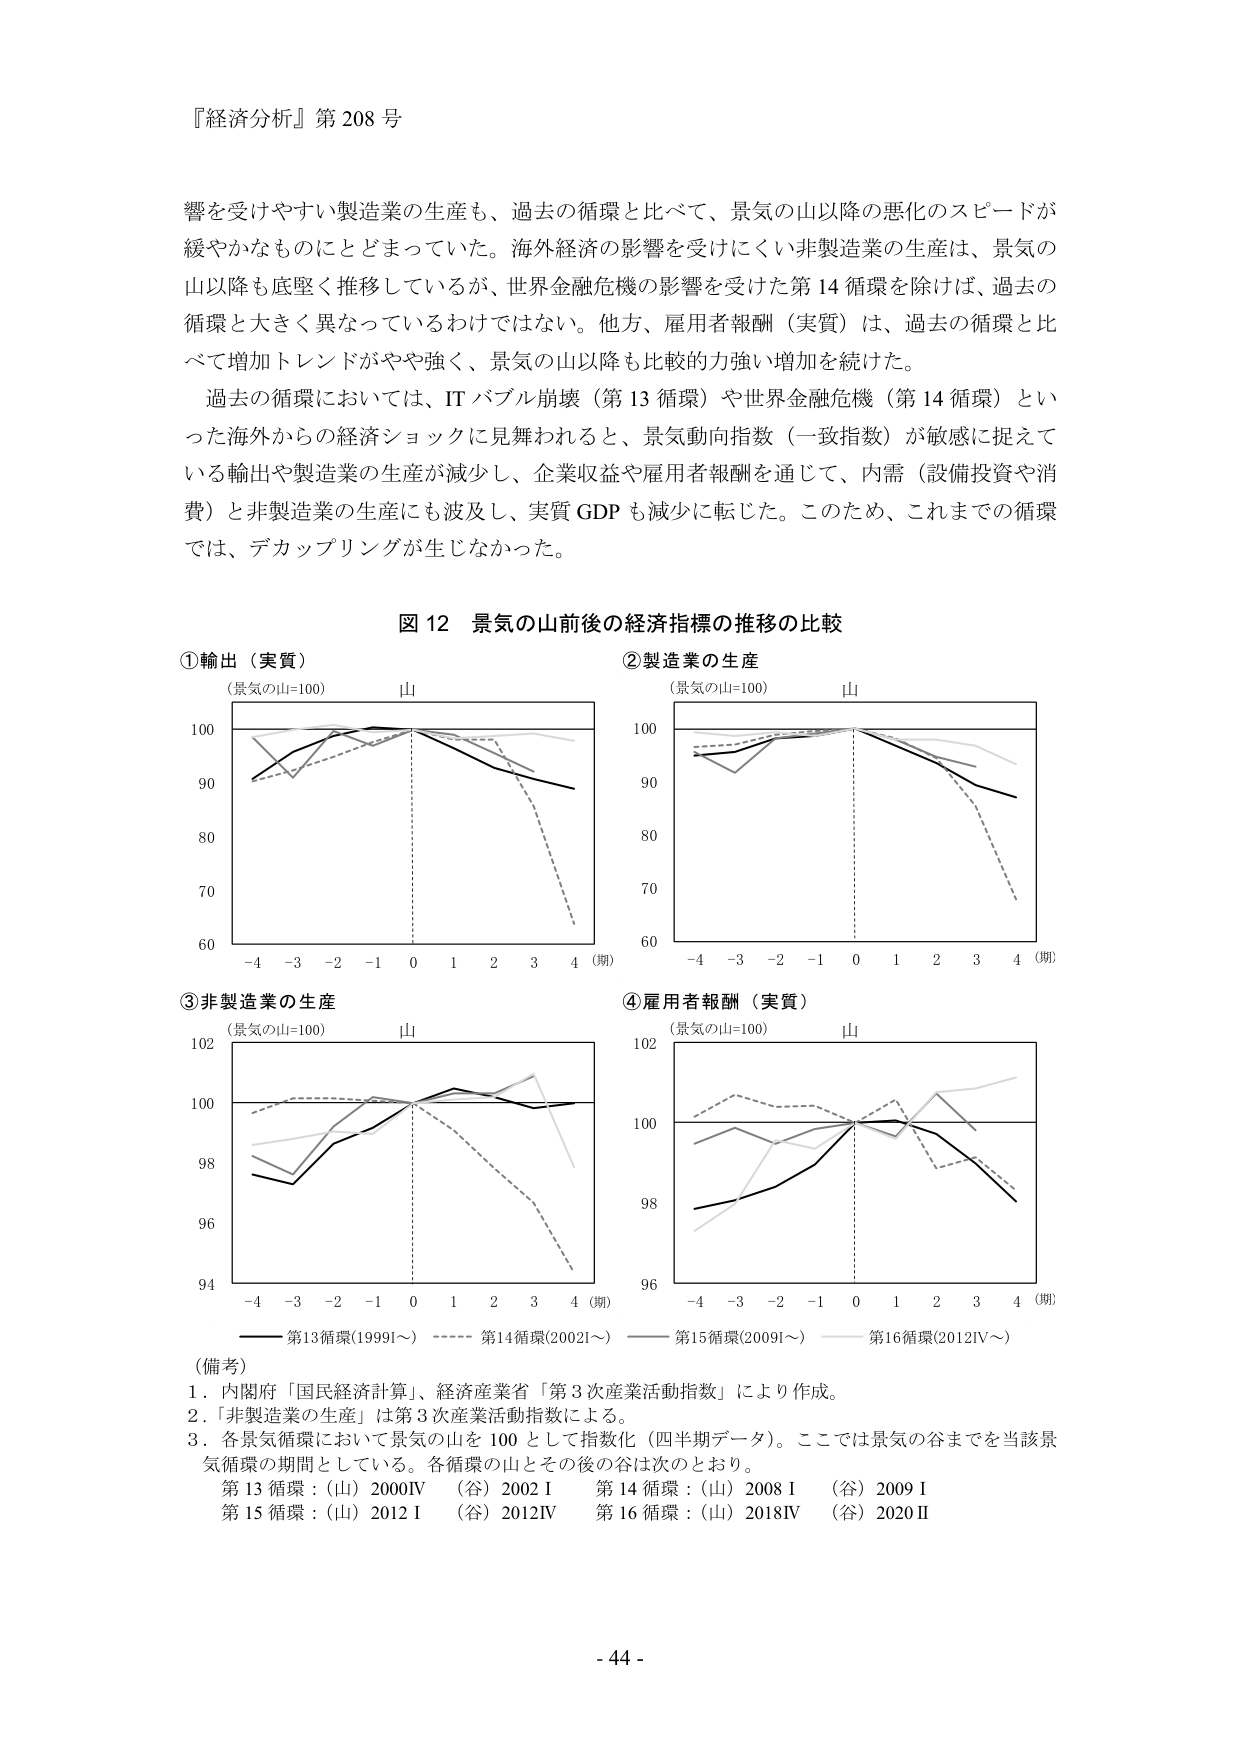
『経済分析』第 208 号

響を受けやすい製造業の生産も、過去の循環と比べて、景気の山以降の悪化のスピードが緩やかなものにとどまっていた。海外経済の影響を受けにくい非製造業の生産は、景気の山以降も底堅く推移しているが、世界金融危機の影響を受けた第 14 循環を除けば、過去の循環と大きく異なっているわけではない。他方、雇用者報酬（実質）は、過去の循環と比べて増加トレンドがやや強く、景気の山以降も比較的力強い増加を続けた。

過去の循環においては、IT バブル崩壊（第 13 循環）や世界金融危機（第 14 循環）といった海外からの経済ショックに見舞われると、景気動向指数（一致指数）が敏感に捉えている輸出や製造業の生産が減少し、企業収益や雇用者報酬を通じて、内需（設備投資や消費）と非製造業の生産にも波及し、実質 GDP も減少に転じた。このため、これまでの循環では、デカップリングが生じなかった。

図 12 景気の山前後の経済指標の推移の比較

①輸出（実質）
（景気の山=100）
山
100
90
80
70
60
-4 -3 -2 -1 0 1 2 3 4（期）

②製造業の生産
（景気の山=100）
山
100
90
80
70
60
-4 -3 -2 -1 0 1 2 3 4（期）

③非製造業の生産
（景気の山=100）
山
102
100
98
96
94
-4 -3 -2 -1 0 1 2 3 4（期）

④雇用者報酬（実質）
（景気の山=100）
山
102
100
98
96
-4 -3 -2 -1 0 1 2 3 4（期）

—— 第13循環(1999I～) ———— 第14循環(2002I～) ———— 第15循環(2009I～) ———— 第16循環(2012IV～)

（備考）
1．内閣府「国民経済計算」、経済産業省「第3次産業活動指数」により作成。
2．「非製造業の生産」は第3次産業活動指数による。
3．各景気循環において景気の山を100として指数化（四半期データ）。ここでは景気の谷までを当該景気循環の期間としている。各循環の山とその後の谷は次のとおり。
第13循環：（山）2000IV （谷）2002 I 第14循環：（山）2008 I （谷）2009 I
第15循環：（山）2012 I （谷）2012IV 第16循環：（山）2018IV （谷）2020 II

- 44 -